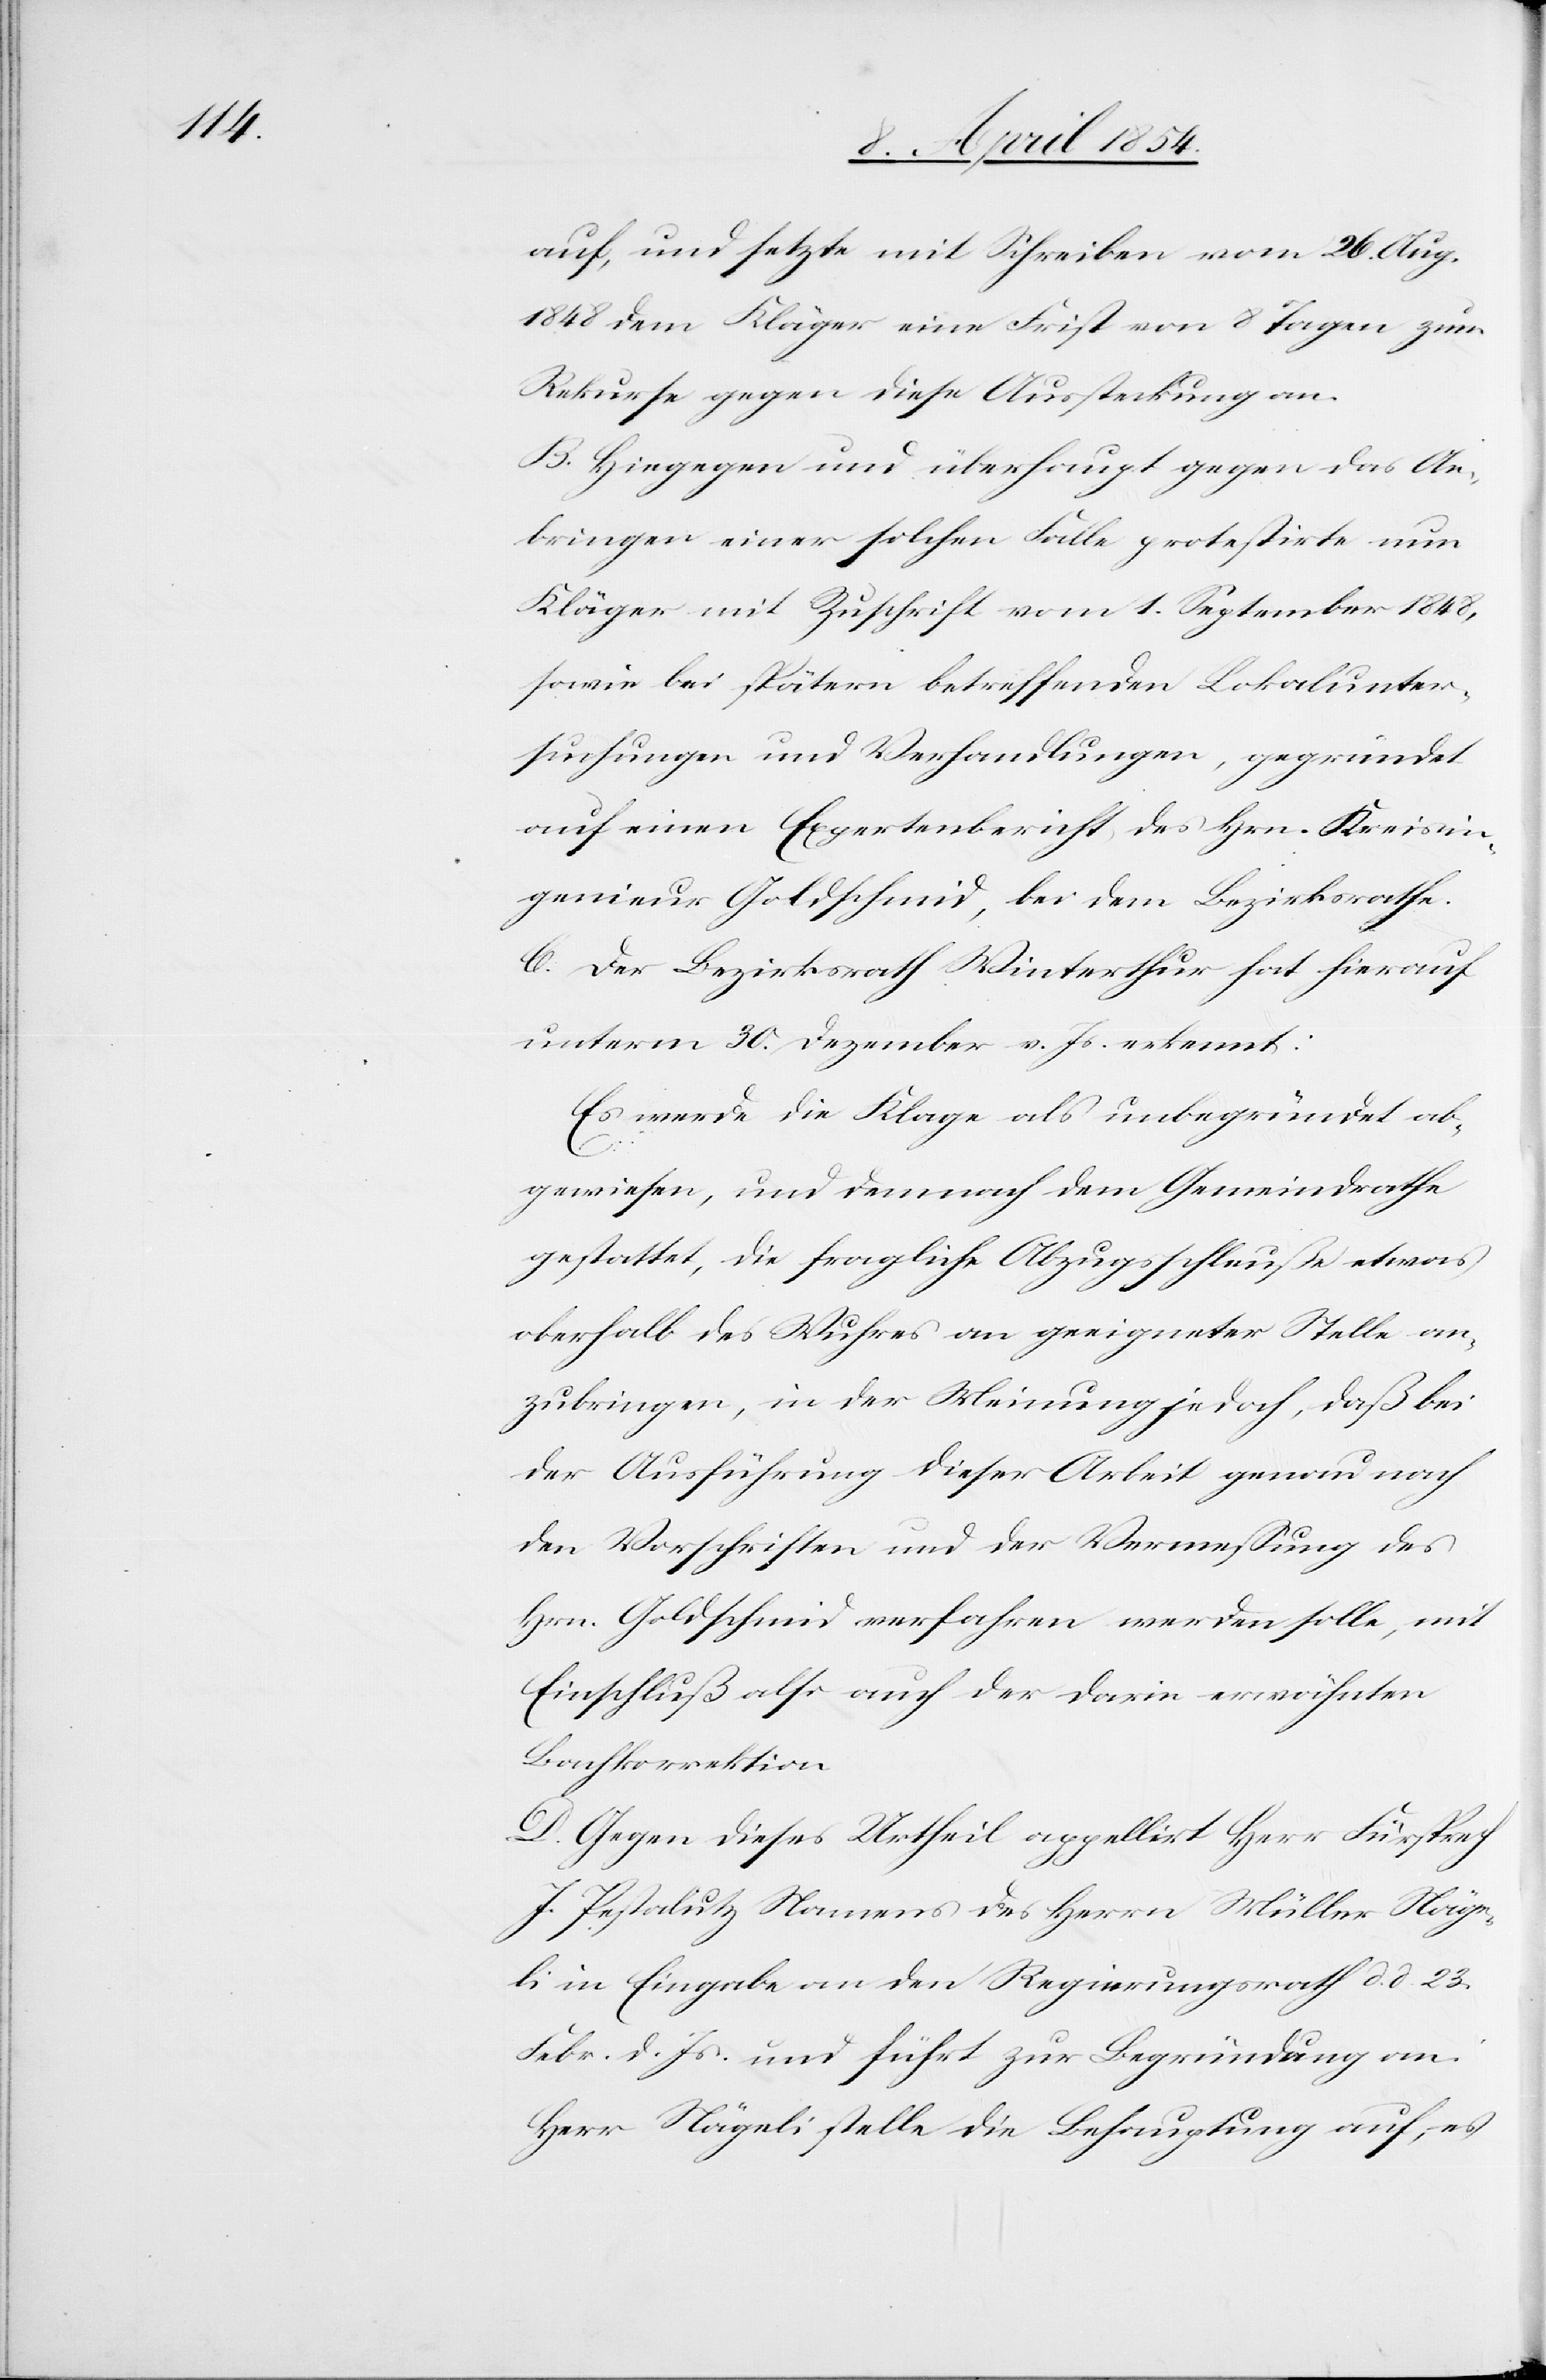
auf, und setzte mit Schreiben vom 26. Aug.
1848 dem Kläger eine Frist von 8 Tagen zum
Rekurse gegen diese Aussteckung an.
B. Hingegen und überhaupt gegen das An¬
bringen einer solchen Falle protestirte nun
Kläger mit Zuschrift vom 1. September 1848,
sowie bei spätern betreffenden Lokalunter¬
suchungen und Verhandlungen, gegründet
auf einen Expertenbericht des Hrn. Kreisin¬
genieur Goldschmid, bei dem Bezirksrathe.
C. Der Bezirksrath Winterthur hat hierauf
unterm 30. Dezember v. Js. erkennt:
Es werde die Klage als unbegründet ab¬
gewiesen, und demnach dem Gemeindrathe
gestattet, die fragliche Abzugsschleuße etwas
oberhalb des Wuhres an geeigneter Stelle an¬
zubringen, in der Meinung jedoch, daß bei
der Ausführung dieser Arbeit genau nach
den Vorschriften und der Vermeßung des
Hrn. Goldschmid verfahren werden solle, mit
Einfluß also auch der darin erwähnten
Bahnkorrektion.
D. Gegen dieses Urtheil appellirte Herr Fürsprech
J. Pestalutz Namens des Herrn Müller Näge¬
li in Eingabe an den Regierungsrath d. d. 23.
Febr. d. Js. und führt zur Begründung an:
Herr Nägeli stelle die Behauptung auf, es